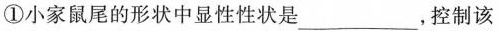
①小家鼠尾的形状中显性性状是_______，控制该